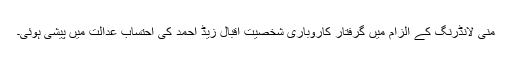
منی لانڈرنگ کے الزام میں گرفتار کاروباری شخصیت اقبال زیڈ احمد کی احتساب عدالت میں پیشی ہوئی۔